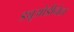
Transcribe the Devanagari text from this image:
ड्यूओडीनेल